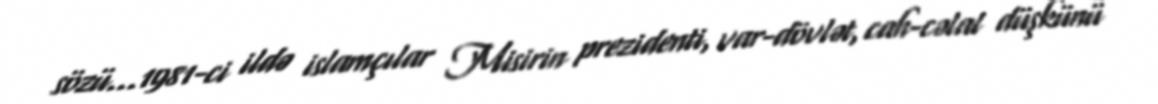
sözü...1981-ci ildə islamçılar Misirin prezidenti, var-dövlət, cah-cəlal düşkünü